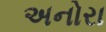
અનોરા